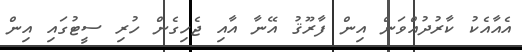
އެއާއެކު ކާރުދުއްވަން އިން ފާރޫޤު އޭނާ އާއި ޖެހިގެން ހުރި ސީޓުގައި އިން